Civil Veterinary Department. Madras. Admin. report 1910-25 - 1910-1925
Year: 1910
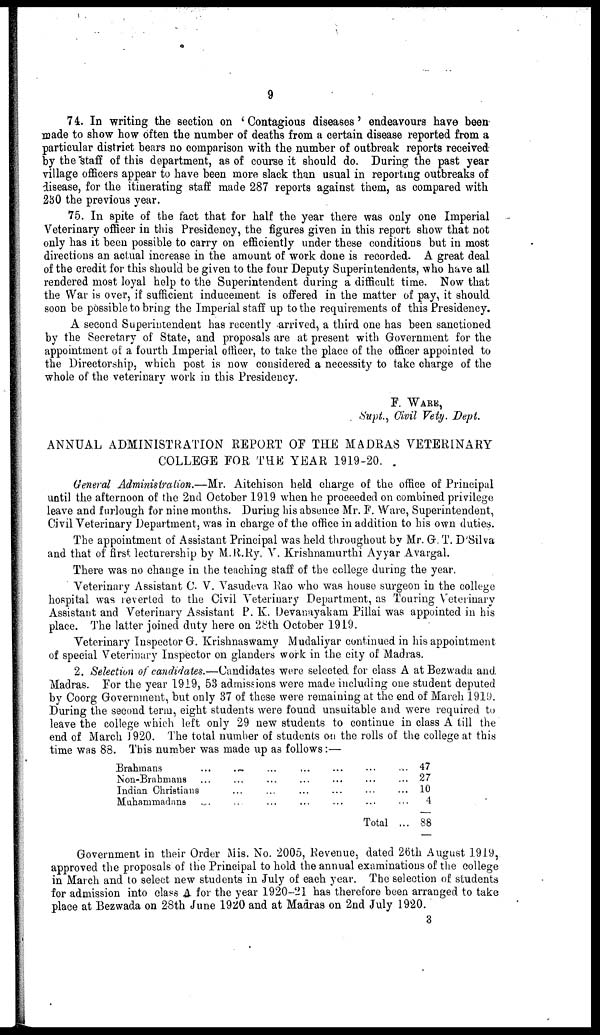
9
7 4. In writing the section on 'Contagious diseases' endeavours have been
made to show how often the number of deaths from a certain disease reported from a
particular district bears no comparison with the number of outbreak reports received
by the staff of this department, as of course it should do. During the past year
village officers appear to have been more slack than usual in reporting outbreaks of
disease, for the itinerating staff made 287 reports against them, as compared with
230 the previous year.
75. In spite of the fact that for half the year there was only one Imperial
Veterinary officer in this Presidency, the figures given in this report show that not
only has it been possible to carry on efficiently under these conditions but in most
directions an actual increase in the amount of work done is recorded. A great deal
of the credit for this should be given to the four Deputy Superintendents, who have all
rendered most loyal help to the Superintendent during a difficult time. Now that
the War is over, if sufficient inducement is offered in the matter of pay, it should
soon be possible to bring the Imperial staff up to the requirements of this Presidency.
A second Superintendent has recently arrived, a third one has been sanctioned
by the Secretary of State, and proposals are at present with Government for the
appointment of a fourth Imperial officer, to take the place of the officer appointed to
the Directorship, which post is now considered a necessity to take charge of the
whole of the veterinary work in this Presidency.
F. WARE,
Supt., Civil Vety. Dept.
ANNUAL ADMINISTRATION REPORT OP THE MADRAS VETERINARY
COLLEGE FOR THE YEAR 1919-20.
General Administration.—Mr. Aitchison held charge of the office of Principal
until the afternoon of the 2nd October 1919 when he proceeded on combined privilege
leave and furlough for nine months. During his absence Mr. F. Ware, Superintendent,
Civil Veterinary Department, was in charge of the office in addition to his own duties.
The appointment of Assistant Principal was held throughout by Mr. G. T. D'Silva
and that of first lecturership by M.R.Ry. V. Krishnamurthi Ayyar Avargal.
There was no change in the teaching staff of the college during the year.
Veterinary Assistant C. V. Vasudeva Rao who was house surgeon in the college
hospital was reverted to the Civil Veterinary Department, as Touring Veterinary
Assistant and Veterinary Assistant P. K. Devanayakam Pillai was appointed in his
place. The latter joined duty here on 28th October 1919.
Veterinary Inspector G. Krishnaswamy Mudaliyar continued in his appointment
of special Veterinary Inspector on glanders work in the city of Madras.
2. Selection of candidates.—Candidates were selected for class A at Bezwada and
Madras. For the year 1919, 53 admissions were made including one student deputed
by Coorg Government, but only 37 of these were remaining at the end of March 1919.
During the second term, eight students were found unsuitable and were required to
leave the college which left only 29 new students to continue in class A till the
end of March 1920. The total number of students on the rolls of the college at this
time was 88. This number was made up as follows:—
Brahmans ...
Non-Brahmans ...
Indian Christians
Muhammadans ...
...
...
...
...
...
...
...
...
...
...
...
...
...
...
...
...
...
...
...
...
Total
...
...
...
...
...
47
27
10
4
88
Government in their Order Mis. No. 2005, Revenue, dated 26th August 1919,
approved the proposals of the Principal to hold the annual examinations of the college
in March and to select new students in July of each year. The selection of students
for admission into class A for the year 1920-21 has therefore been arranged to take
place at Bezwada on 28th June 1920 and at Madras on 2nd July 1920.
3